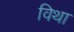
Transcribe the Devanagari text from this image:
विथा